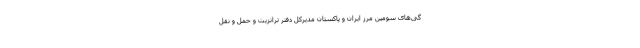
گی‌های سومین مرز ایران و پاکستان مدیرکل دفتر ترانزیت و حمل و نقل